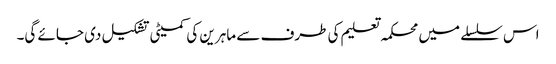
اس سلسلے میں محکمہ تعلیم کی طرف سے ماہرین کی کمیٹی تشکیل دی جائے گی۔